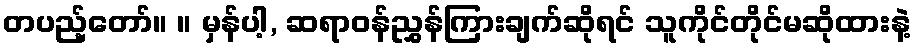
တပည့်တော်။ ။ မှန်ပါ့, ဆရာဝန်ညွှန်ကြားချက်ဆိုရင် သူကိုင်တိုင်မဆိုထားနဲ့